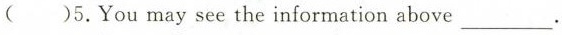
( )5.You may see the information above___.